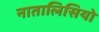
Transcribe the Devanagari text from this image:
नातालिसियो